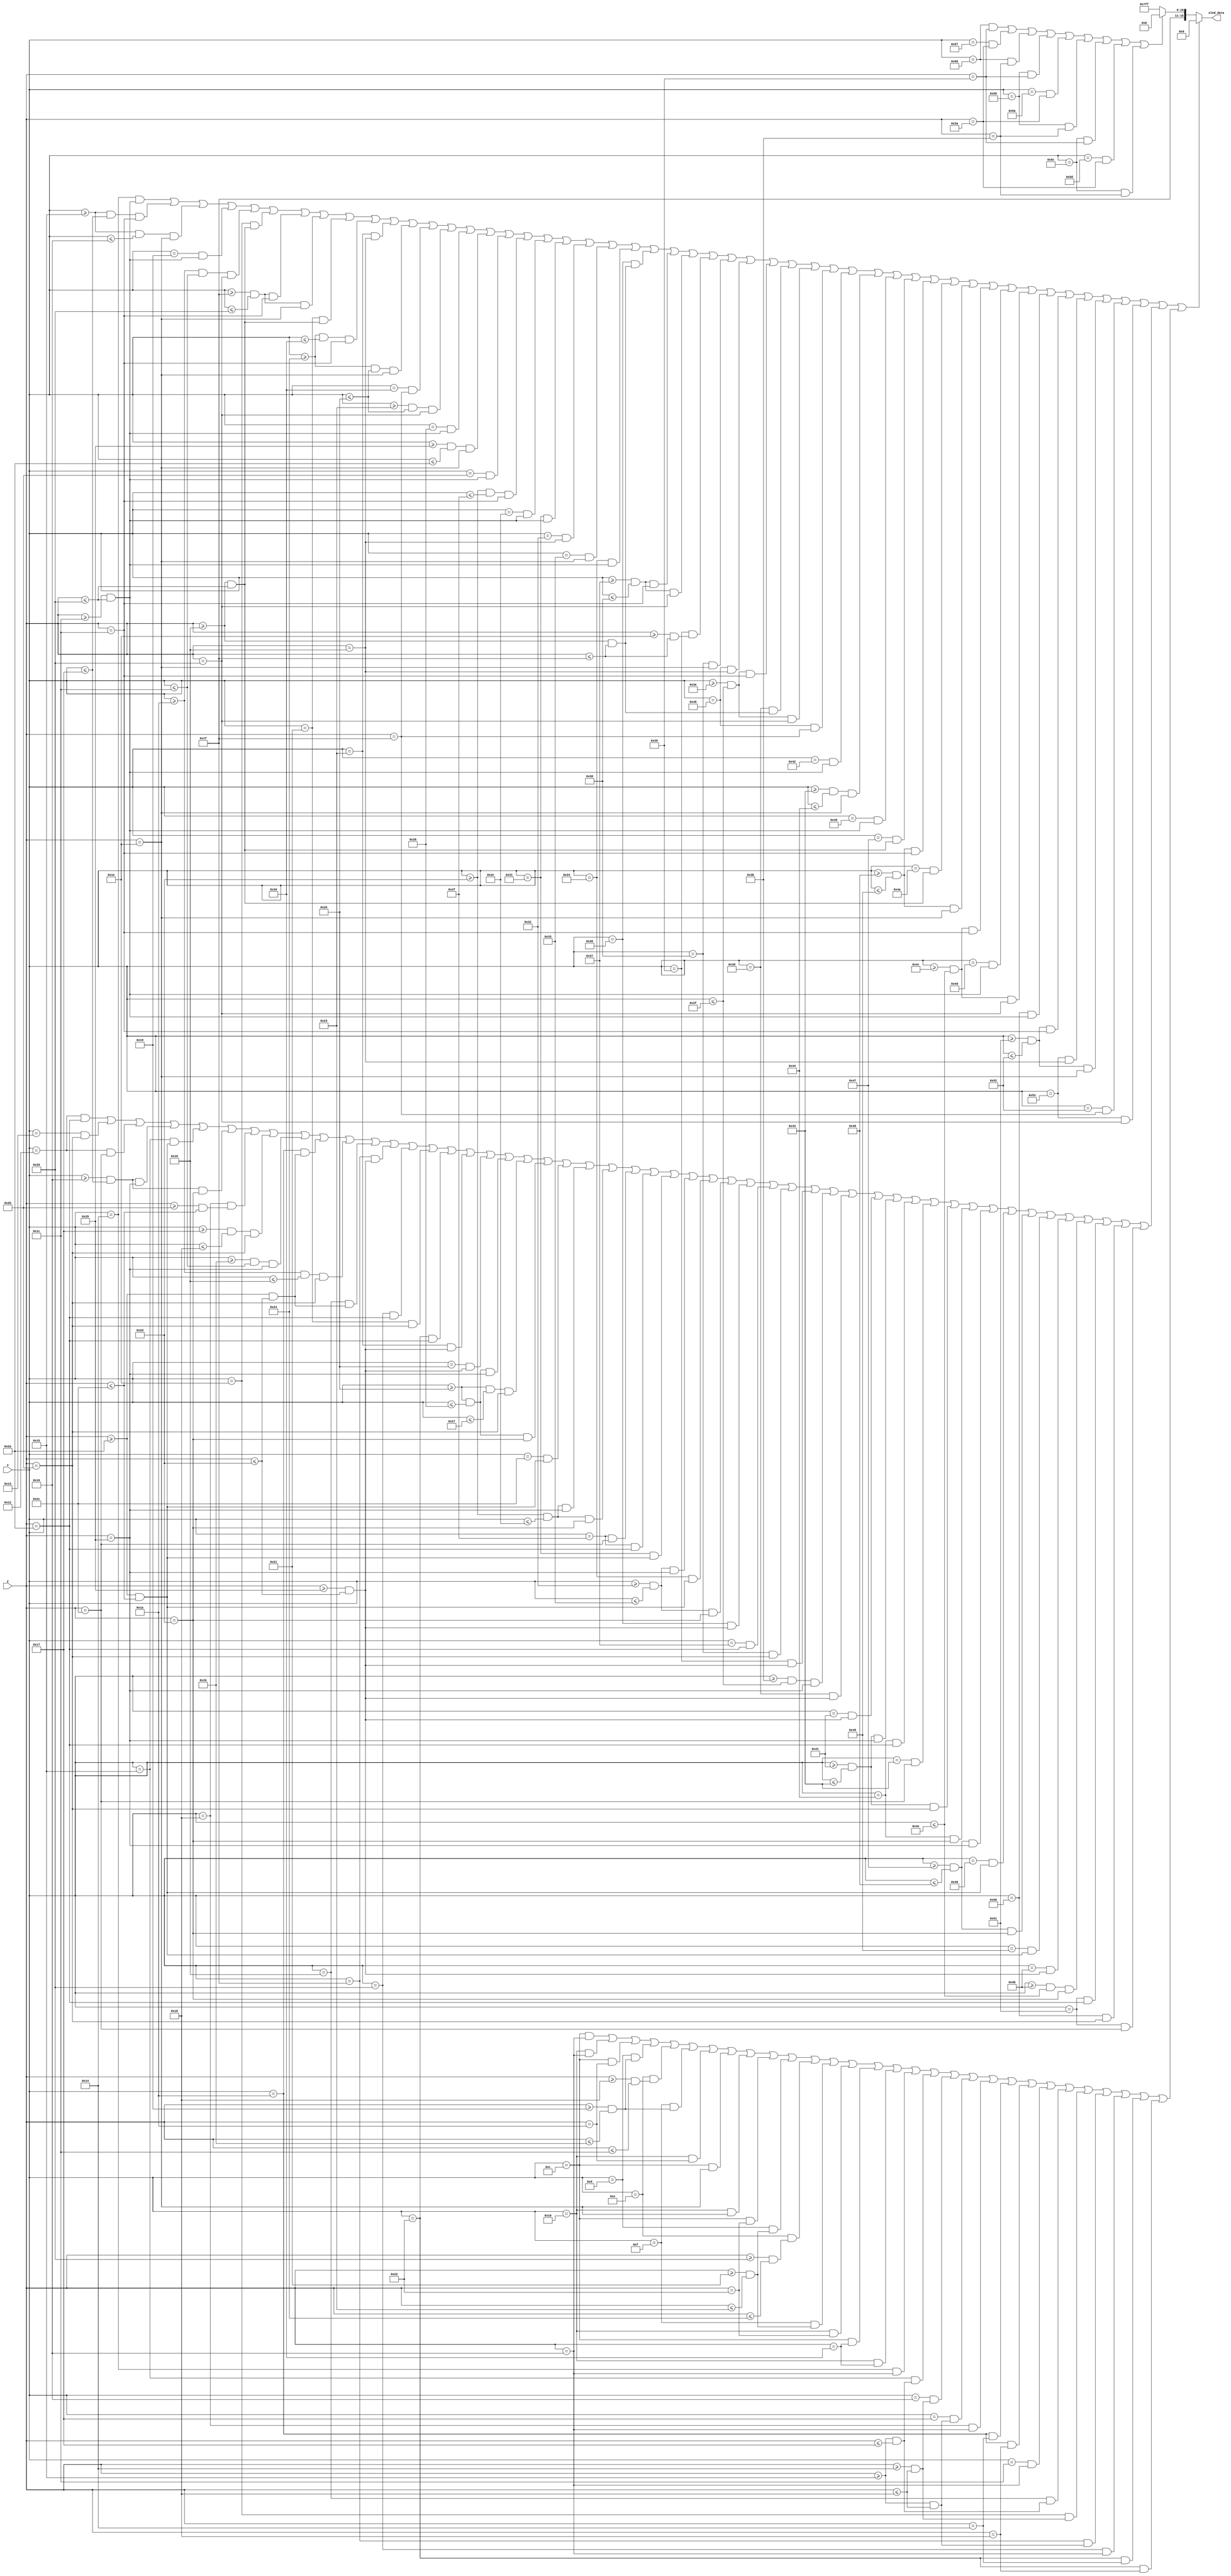
module Title(
  input [6:0] x,
  input [5:0] y,
  output reg [15:0] oled_data
);

//Define constant as local parameter
//Colour display
localparam GREEN = 16'h07E0;
localparam ORANGE = 16'hFFE0; //Yellow
localparam RED = 16'hF800;
localparam BLACK = 16'h0000;
localparam PURPLE = 16'hF81F;
localparam YELLOW = 16'hFC00;    
localparam BLUE = 16'h001F;
localparam WHITE = 16'hFFFF;
localparam CYAN = 16'hF81F;
localparam MAGENTA = 16'hF81F;
localparam BROWN = 16'h8204;
localparam SKYBLUE = 16'h5FFF;

    //Display Wordings on Game Home screen  
    wire FLASHING_CHAIR =((x == 20) && (y >= 28 && y <= 32)) || ((x >= 21 && x <= 23) && (y == 28)) || ((x >= 21 && x <= 22) && (y == 30)) ||
                         ((x == 25) && (y >= 28 && y <= 32)) || ((x >=26 && x <= 28) && (y == 32)) || 
                         ((x == 30) && (y >= 29 && y <= 32)) || ((x >= 31 && x <= 32) && (y == 28)) || ((x >= 31 && x <= 32) && (y == 30)) || ((x == 33) && (y >= 29 && y <= 32)) ||
                         ((x >= 36 && x <= 38) && (y == 28)) || ((x == 35) && (y == 29)) || ((x >= 36 && x <= 37) && (y == 30))  || ((x == 38) && (y == 31)) || ((x >= 35 && x <= 37) && (y == 32)) ||
                         ((x == 40) && (y >= 28 && y <= 32)) || ((x >= 41 && x <= 42) && (y == 30)) || ((x == 43) && (y >= 28 && y <= 32)) ||
                         ((x >= 45 && x <= 47) && (y == 28)) || ((x == 46) && (y >= 28 && y <= 32)) ||
                         ((x == 49) && (y >= 28 && y <= 32)) || ((x == 50) && (y == 29)) || ((x == 51) && (y == 30)) || ((x == 52) && (y >= 28 && y <= 32)) ||
                         ((x == 54) && (y >= 29 && y <= 31)) || ((x >= 55 && x <= 56) && (y == 28)) || ((x >= 55 && x <= 56) && (y == 32)) || ((x == 57) && (y >= 30 && y <= 31)) || ((x == 56) && (y == 30)) ||
                         
                         ((x == 64) && (y == 29)) || ((x >= 62 && x <= 63) && (y == 28)) || ((x == 61) && (y >= 29 && y <= 31)) || ((x >= 62 && x <= 63) && (y == 32)) || ((x == 64) && (y == 31)) ||
                         ((x == 66) && (y >= 28 && y <= 32)) || ((x >= 67 && x <= 68) && (y == 30)) || ((x == 69) && (y >= 28 && y <= 32)) ||
                         ((x == 71) && (y >= 29 && y <= 32)) || ((x >= 72 && x <= 73) && (y == 28)) || ((x == 74) && (y >= 29 && y <= 32)) || ((x >= 72 && x <= 73) && (y == 30)) ||
                         ((x >= 76 && x <= 78) && (y == 28)) || ((x == 77) && (y >= 28 && y <= 32)) || ((x >= 76 && x <= 78) && (y == 32)) ||
                         ((x == 80) && (y >= 28 && y <= 32)) || ((x >= 81 && x <= 82) && (y == 28)) || ((x == 83) && (y == 29)) || ((x >= 81 && x <= 82) && (y == 30)) || ((x == 82) && (y == 31)) || ((x == 83) && (y == 32));
                        
    //Display > Game Control <
    wire GAME_CONTROL = ((x == 18) && (y == 42)) || ((x == 19) && (y == 43)) || ((x == 18) && (y == 44)) ||
                        
                        ((x >= 22 && x <= 23) && (y == 41)) || ((x == 21) && (y >= 42 && y <= 44)) || ((x >= 22 && x <= 23) && (y == 45)) || ((x == 24) && (y >= 43 && y <= 44)) || ((x >= 23 && x <= 24) && (y == 43)) ||
                        ((x >= 27 && x <= 28) && (y == 41)) || ((x == 26) && (y >= 42 && y <= 45)) || ((x >= 26 && x <= 29) && (y == 43)) || ((x == 29) && (y >= 42 && y <= 45)) ||
                        ((x == 31) && (y >= 41 && y <= 45)) || ((x == 32) && (y == 42)) || ((x == 33) && (y == 43)) || ((x == 34) && (y == 42)) || ((x == 35) && (y >= 41 && y <= 45)) ||
                        ((x == 37) && (y >= 41 && y <= 45)) || ((x >= 37 && x <= 40) && (y == 41)) || ((x >= 37 && x <= 39) && (y == 43)) || ((x >= 37 && x <= 40) && (y == 45)) ||
                        
                        ((x == 44) && (y >= 42 && y <= 44)) || ((x >=45 && x <= 46) && (y == 41)) || ((x >= 45 && x <= 46) && (y == 45)) || ((x == 47) && (y == 44)) || ((x == 47) && (y == 42)) ||
                        ((x == 49) && (y >= 42 && y <= 44)) || ((x >= 50 && x <= 51) && (y == 41)) || ((x == 52) && (y >= 42 && y <= 44)) || ((x >= 50 && x <= 51) && (y == 45)) ||
                        ((x == 54) && (y >= 41 && y <= 45)) || ((x == 55) && (y == 42)) || ((x == 56) && (y == 43)) || ((x == 57) && (y >= 41 && y <= 45)) ||
                        ((x >= 59 && x <= 63) && (y == 41)) || ((x == 61) && (y >= 41 && y <= 45)) ||
                        ((x == 65) && (y >= 41 && y <= 45)) || ((x >= 65 && x <= 67) && (y == 41)) || ((x == 68) && (y ==42)) || ((x == 67) && (y == 44)) || ((x >= 65 && x <= 67) && (y == 43)) || ((x == 68) && (y == 45)) ||
                        ((x >= 71 && x <= 72) && (y == 41)) || ((x == 70) && (y >= 42 && y <= 44)) || ((x >= 71 && x <= 72) && (y == 45)) || ((x == 73) && (y >= 42 && y <= 44)) ||
                        ((x == 75) && (y >= 41 && y <= 45)) || ((x >= 75 && x <= 78) && (y == 45)) ||
                        ((x == 81) && (y == 42)) || ((x == 80) && (y == 43)) || ((x == 81) && (y == 44));    

    //Blinking Icon
    wire blink = ((x == 12) && (y == 22)) || ((x == 16) && (y == 22)) ||
                 ((x == 12) && (y == 26)) || ((x == 13) && (y >= 25 && y <= 27)) || ((x == 14) && (y >= 24 && y <= 28)) || ((x == 15) && (y >= 25 && y <= 27)) || ((x == 16) && (y == 26)) ||
                 ((x == 12) && (y == 30)) || ((x == 16) && (y == 30)) ||
                 ((x == 12) && (y == 34)) || ((x == 13) && (y >= 33 && y <= 35)) || ((x == 14) && (y >= 32 && y <= 36)) || ((x == 15) && (y >= 33 && y <= 35)) || ((x == 16) && (y == 34)) ||
                 ((x == 12) && (y == 38)) || ((x == 16) && (y == 38)) ||
                 ((x == 20) && (y == 22)) || ((x == 21) && (y >= 21 && y <= 23)) || ((x == 22) && (y >= 20 && y <= 24)) || ((x == 23) && (y >= 21 && y <= 24)) || ((x == 24) && (y == 22)) ||
                 ((x == 26) && (y == 20)) || ((x == 26) && (y == 24)) ||
                 ((x == 28) && (y == 22)) || ((x == 29) && (y >= 21 && y <= 23)) || ((x == 30) && (y >= 20 && y <= 24)) || ((x == 31) && (y >= 21 && y <= 24)) || ((x == 32) && (y == 22)) ||
                 ((x == 34) && (y == 20)) || ((x == 34) && (y == 24));

    
    //Display >>>
    wire arrow1 = ((x == 86) && (y == 57)) || ((x == 87) && (y == 58)) || ((x == 86) && (y == 59)) ||
                  ((x == 89) && (y == 57)) || ((x == 90) && (y == 58)) || ((x == 89) && (y == 59)) ||
                  ((x == 92) && (y == 57)) || ((x == 93) && (y == 58)) || ((x == 92) && (y == 59));    

    always @ (*) begin
    oled_data = WHITE;
        if (FLASHING_CHAIR || GAME_CONTROL || blink) begin
            oled_data = BLACK;
        end
        else if (arrow1) begin
            oled_data = RED;
        end
    end 
endmodule